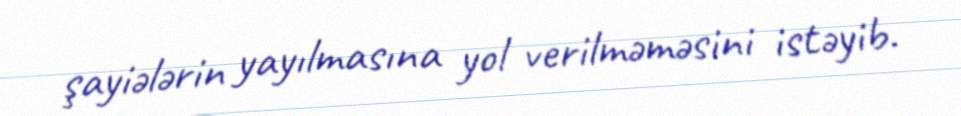
şayiələrin yayılmasına yol verilməməsini istəyib.